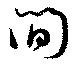
間